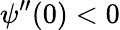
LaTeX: \psi^{\prime\prime}(0)<0